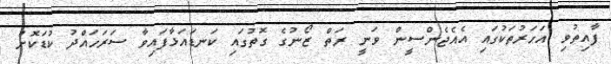
ފާއިތުވި އަހަރުތަކުގައި އެއެޖެންސީން ވަނީ ރަތް ޒޯނުގެ ގޮތުގައި ކަނޑައަޅާފައިވާ ސަރަހައްދު ކުޑަކޮށް